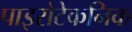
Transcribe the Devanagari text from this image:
पाइरोटेकनिक